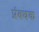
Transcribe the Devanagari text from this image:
प्रंबधक